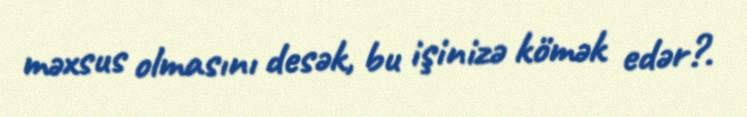
məxsus olmasını desək, bu işinizə kömək edər?.